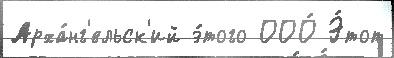
Арха́нг'ельск'ий э́того ООО́ Э́тот